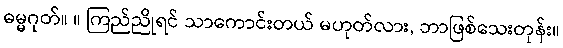
ဓမ္မဂုတ်။ ။ ကြည်ညိုရင် သာကောင်းတယ် မဟုတ်လား, ဘာဖြစ်သေးတုန်း။